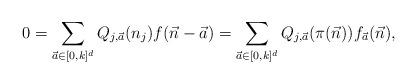
LaTeX: \begin{align*} 0 = \sum_{\vec a \in [0,k]^d} Q_{j,\vec a}(n_j) f(\vec n - \vec a) = \sum_{\vec a \in [0,k]^d} Q_{j,\vec a}(\pi(\vec n)) f_{\vec a}(\vec n), \end{align*}